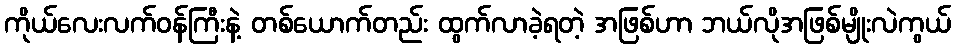
ကိုယ်လေးလက်ဝန်ကြီးနဲ့ တစ်ယောက်တည်း ထွက်လာခဲ့ရတဲ့ အဖြစ်ဟာ ဘယ်လိုအဖြစ်မျိုးလဲကွယ်